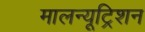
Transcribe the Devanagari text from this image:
मालन्यूट्रिशन